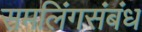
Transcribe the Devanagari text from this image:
समलिंगसंबंध